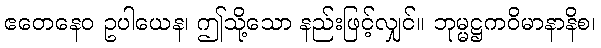
ဧတေနေဝ ဥပါယေန၊ ဤသို့သော နည်းဖြင့်လျှင်။ ဘုမ္မဋ္ဌကဝိမာနာနိစ၊